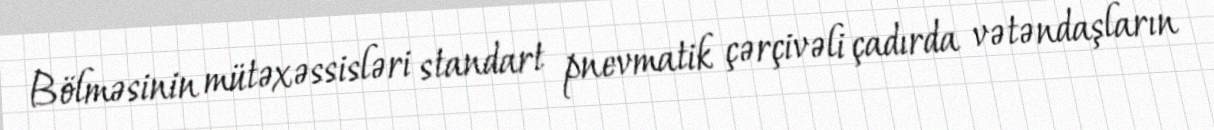
Bölməsinin mütəxəssisləri standart pnevmatik çərçivəli çadırda vətəndaşların